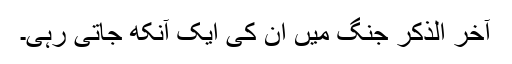
آخر الذکر جنگ میں ان کی ایک آنکھ جاتی رہی۔